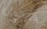
قرصان